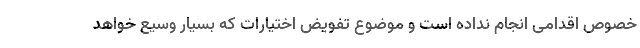
خصوص اقدامی انجام نداده است و موضوع تفویض اختیارات که بسیار وسیع خواهد